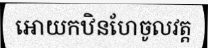
អោយកឋិនហែចូលវត្ត